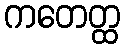
ကတေတ္ထ